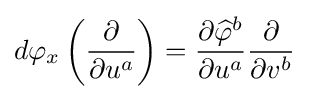
d\varphi _{x}\left({\frac {\partial }{\partial u^{a}}}\right)={\frac {\partial {\widehat {\varphi }}^{b}}{\partial u^{a}}}{\frac {\partial }{\partial v^{b}}}